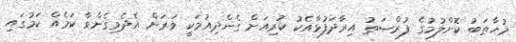
މުޚާޠަބު ކޮށްލުމުގެ ފުރްޞަތު އިރާދަފުޅާއެކު ކުރިއަށް ގެންދިއުމަކީ ވަރަށް އެދެވިގެންވާ ކަމެއް ކަމުގައި